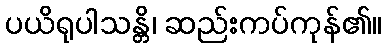
ပယိရုပါသန္တိ၊ ဆည်းကပ်ကုန်၏။